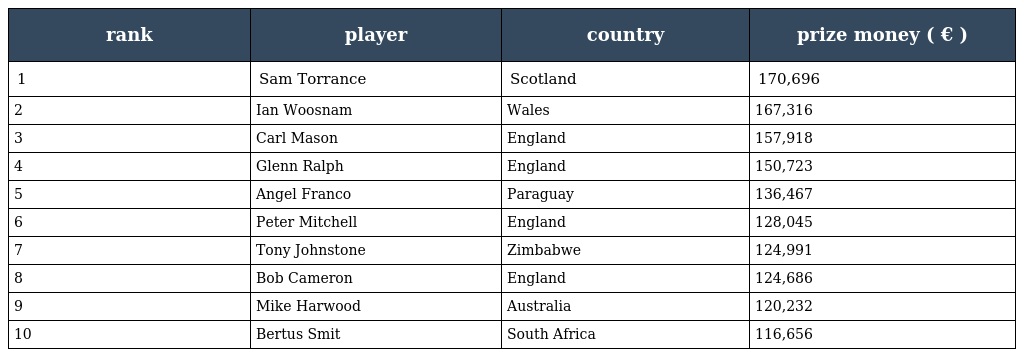
| rank | player | country | prize money ( € ) |
 | --- | --- | --- | --- |
 | 1 | Sam Torrance | Scotland | 170,696 |
 | 2 | Ian Woosnam | Wales | 167,316 |
 | 3 | Carl Mason | England | 157,918 |
 | 4 | Glenn Ralph | England | 150,723 |
 | 5 | Angel Franco | Paraguay | 136,467 |
 | 6 | Peter Mitchell | England | 128,045 |
 | 7 | Tony Johnstone | Zimbabwe | 124,991 |
 | 8 | Bob Cameron | England | 124,686 |
 | 9 | Mike Harwood | Australia | 120,232 |
 | 10 | Bertus Smit | South Africa | 116,656 |